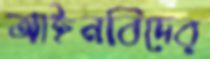
আইনবিদের